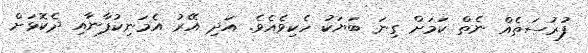
ފުރުސަތެއް ނެތް ކަމަށް ގިނަ ބަޔަކު ހެކިވެއެވެ. އަދި އޭރު އެމަނިކުފާނާއި ދެކޮޅަށް